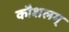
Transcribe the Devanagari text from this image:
कौशलम्